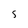
Character: 5